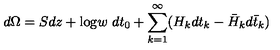
d \Omega = S d z + \mathrm { l o g } w \ d t _ { 0 } + \sum _ { k = 1 } ^ { \infty } ( H _ { k } d t _ { k } - \bar { H } _ { k } d \bar { t } _ { k } )